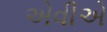
એવીએ